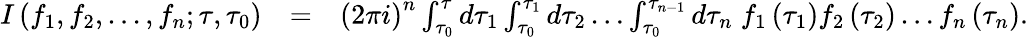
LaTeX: \begin{array}{rlr}{I\left(f_{1},f_{2},...,f_{n};\tau,\tau_{0}\right)}&{=}&{\left(2\pi i\right)^{n}\int_{\tau_{0}}^{\tau}d\tau_{1}\int_{\tau_{0}}^{\tau_{1}}d\tau_{2}\dots\int_{\tau_{0}}^{\tau_{n-1}}d\tau_{n}\; f_{1}\left(\tau_{1}\right)f_{2}\left(\tau_{2}\right)\dots f_{n}\left(\tau_{n}\right).}\end{array}